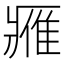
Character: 𨿳